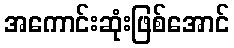
အကောင်းဆုံးဖြစ်အောင်